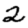
Digit: 2